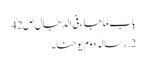
باب ماجاء فی الدجال ص42
2.رسالہ دوم یوحنا۔